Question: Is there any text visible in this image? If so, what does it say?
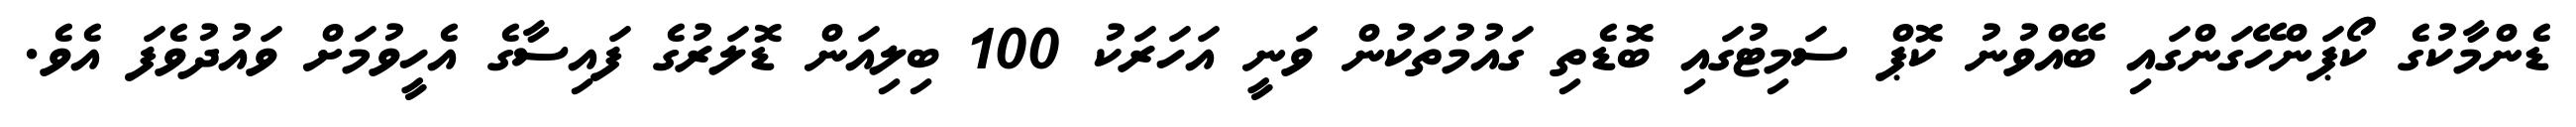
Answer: ޑެންމާކުގެ ކޯޕަންހޭގަންގައި ބޭއްވުނު ކޮޕް ސަމިޓުގައި ބޮޑެތި ގައުމުތަކުން ވަނީ އަހަރަކު 100 ބިލިއަން ޑޮލަރުގެ ފައިސާގެ އެހީވުމަށް ވައުދުވެފަ އެވެ.